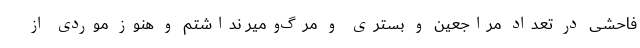
فاحشی در تعداد مراجعین و بستری و مرگ‌ومیر نداشتم و هنوز موردی از